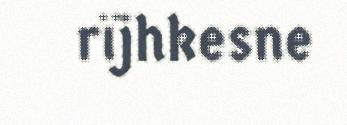
rïjhkesne